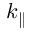
k _ { \parallel }